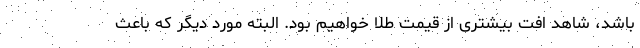
باشد، شاهد افت بیشتری از قیمت طلا خواهیم بود. البته مورد دیگر که باعث